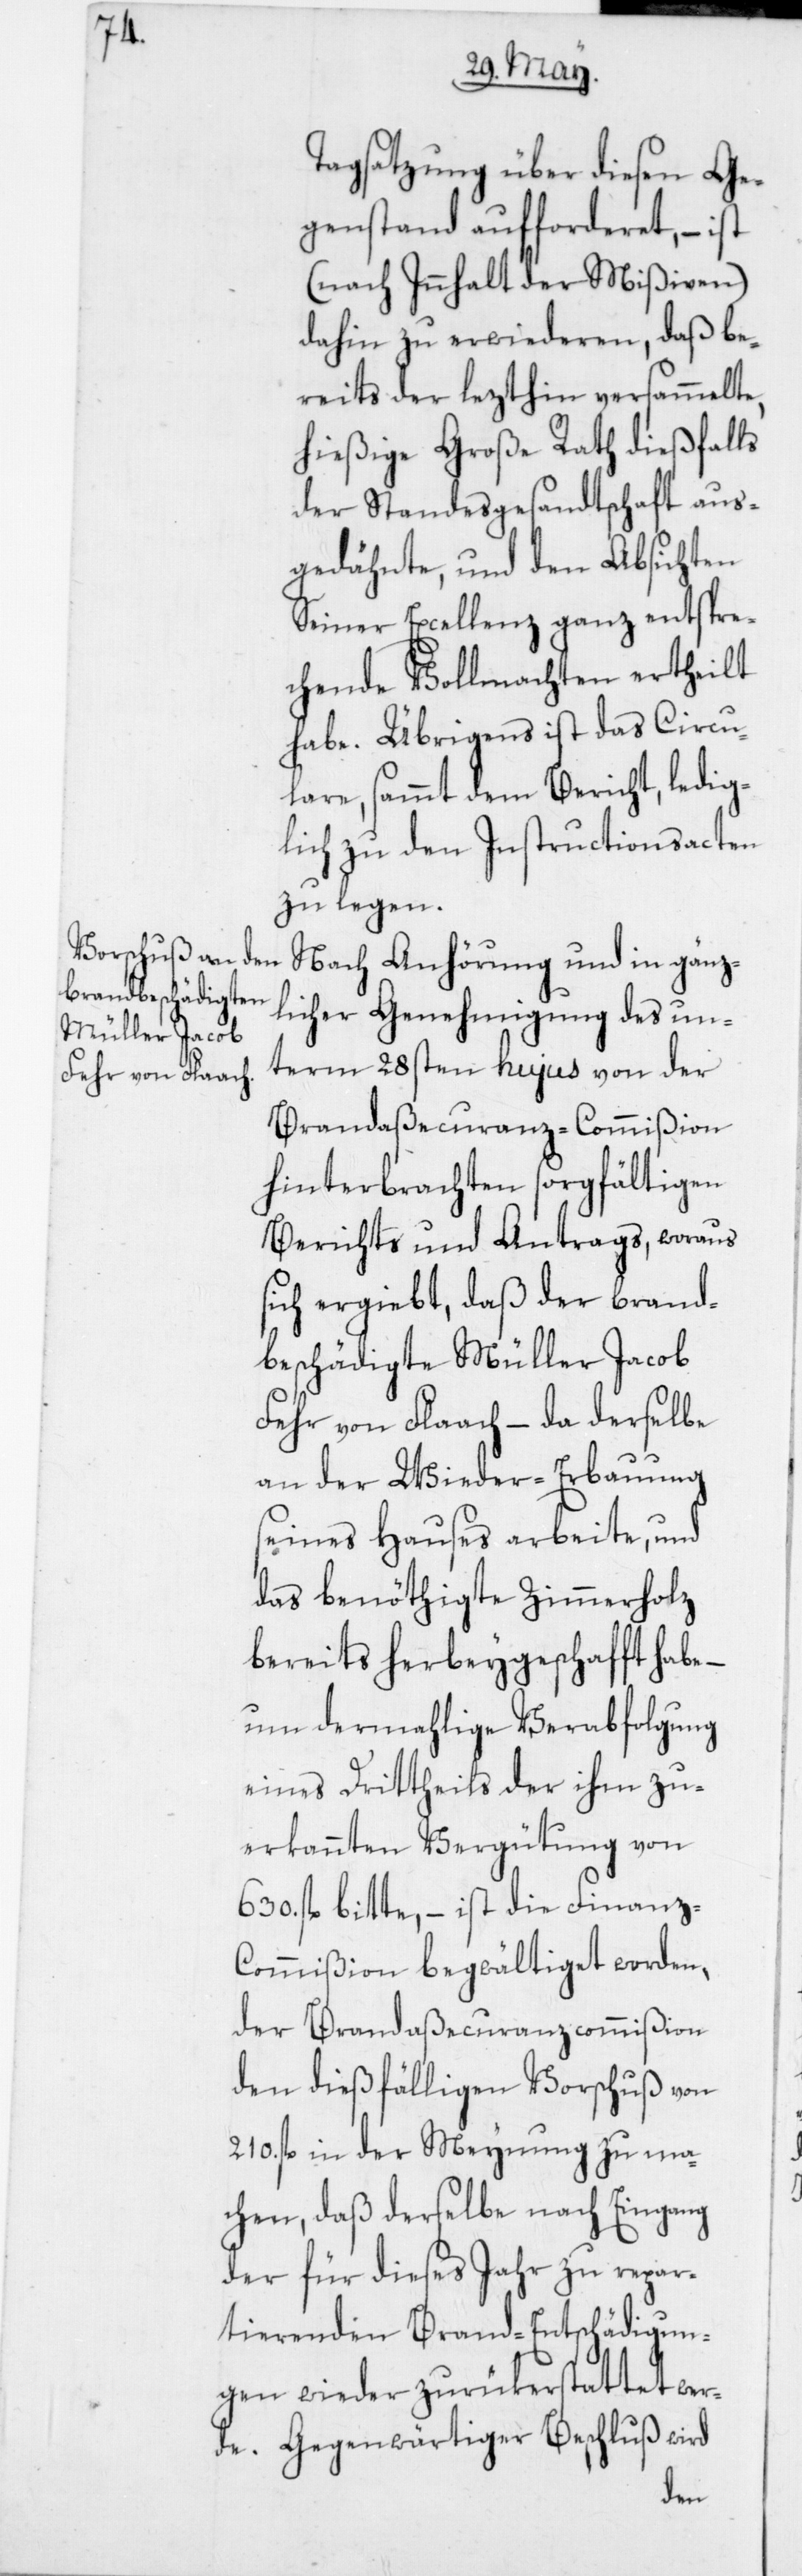
Tagsatzung über diesen Ge¬
genstand aufforderet, – ist
(nach Innhalt der Mißiven)
dahin zu erwiederen, daß be¬
reits der lezthin versammelte
hießige Große Rath dießfalls
der Standesgesandtschaft aus¬
gedehnte, und den Absichten
Seiner Excellenz ganz entspre¬
chende Vollmachten ertheilt
habe. Übrigens ist das Circu¬
lare, sammt dem Bericht, ledig¬
lich zu den Instructionsacten
zu legen.
Nach Anhörung und in gänz¬
licher Genehmigung des un¬
term 28sten hujus von der
Brandaßecuranz-Commißion
hinterbrachten sorgfältigen
Berichts und Antrags, woraus
sich ergiebt, daß der brand¬
beschädigte Müller Jacob
Fehr von Flaach – da derselbe
an der Wieder-Erbauung
seines Hauses arbeite, und
das benöthigte Zimmerholz
bereits herbeygeschafft habe,
und dermahlige Verabfolgung
eines Dritttheils der ihm zu¬
erkannten Vergütung von
630. fl. bitte, – ist die Finanz-C¬
ommißion begwältiget worden,
der Brandaßecuranzcommißion
den dießfälligen Vorschuß von
210. fl. in der Meynung zu ma¬
chen, daß derselbe nach Eingang
der für dieses Jahr zu repar¬
tierenden Brand-Entschädigun¬
gen wieder zurükerstattet wer¬
de. Gegenwärtiger Beschluß wird